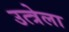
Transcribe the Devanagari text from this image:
उत्त्रेला